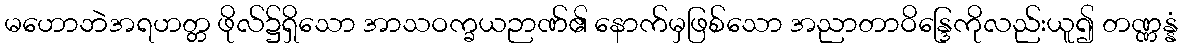
မဟောဘဲအရဟတ္တ ဖိုလ်၌ရှိသော အာသဝက္ခယဉာဏ်၏ နောက်မှဖြစ်သော အညာတာဝိန္ဒြေကိုလည်းယူ၍ တဏ္ဏန္နံ